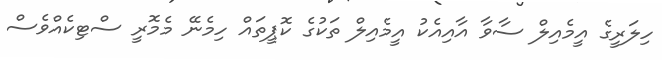
ހިލަރީގެ އީމެއިލް ސާވާ އާއިއެކު އީމެއިލް ތަކުގެ ކޮޕީތައް ހިމެނޭ މެމޮރީ ސްޓިކެއްވެސް